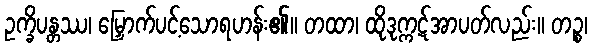
ဥက္ခိပန္တဿ၊ မြှောက်ပင့်သောရဟန်း၏။ တထာ၊ ထိုဒုက္ကဋ်အာပတ်လည်း။ တဉ္စ၊